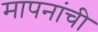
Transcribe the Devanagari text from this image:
मापनांची